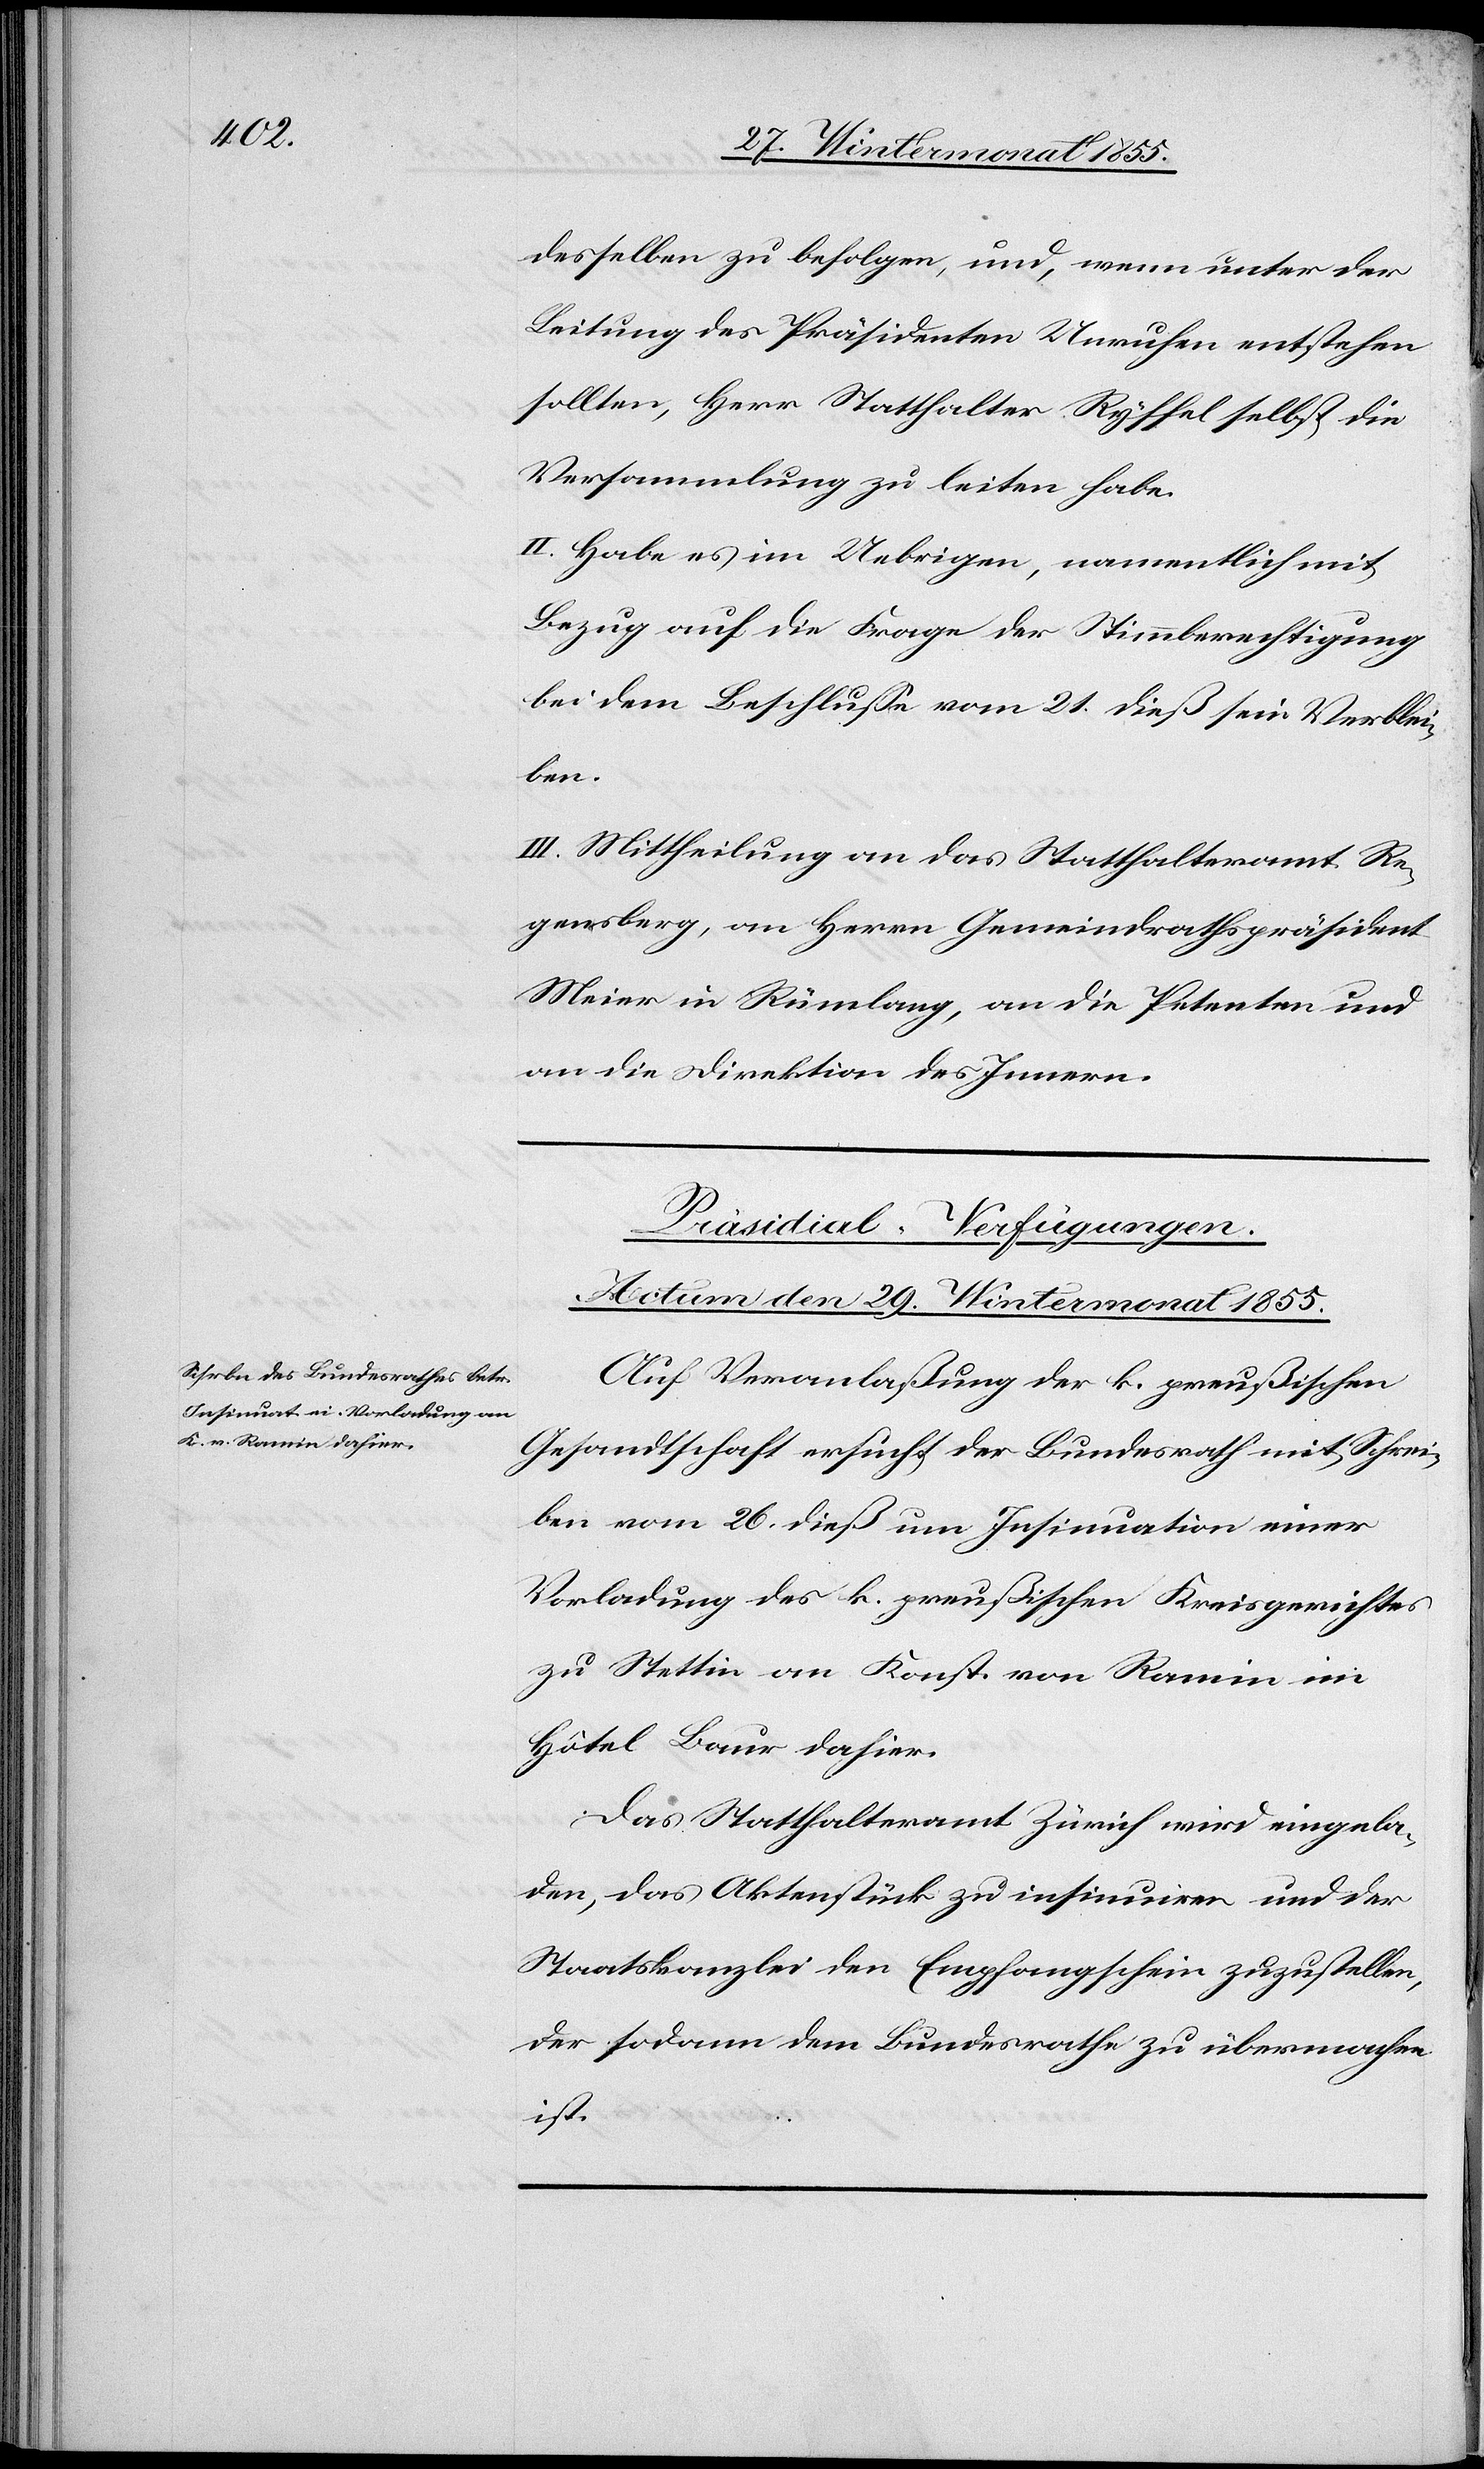
desselben zu befolgen, und, wenn unter der
Leitung des Präsidenten Unruhen entstehen
sollten, Herr Statthalter Ryffel selbst die
Versammlung zu leiten habe.
II. Habe es im Uebrigen, namentlich mit
Bezug auf die Frage der Stimmberechtigung
bei dem Beschlusse vom 21. dieß sein Verblei¬
ben.
III. Mittheilung an das Statthalteramt Re¬
gensberg, an Herrn Gemeindrathspräsident
Meier in Rümlang, an die Petenten und
an die Direktion des Innern.
Präsidial-Verfügungen.
Actum den 29. Wintermonat 1855.
Auf Veranlaßung der k. preußischen
Gesandtschaft ersucht der Bundesrath mit Schrei¬
ben vom 26. dieß um Insinuation einer
Vorladung des k. preußischen Kreisgerichtes
zu Stettin an Konst. von Ramin im
Hôtel Baur dahier.
Das Statthalteramt Zürich wird eingela¬
den, das Aktenstück zu insinuiren und der
Staatskanzlei den Empfangschein zuzustellen,
der sodann dem Bundesrathe zu übermachen
ist.